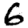
Digit: 6